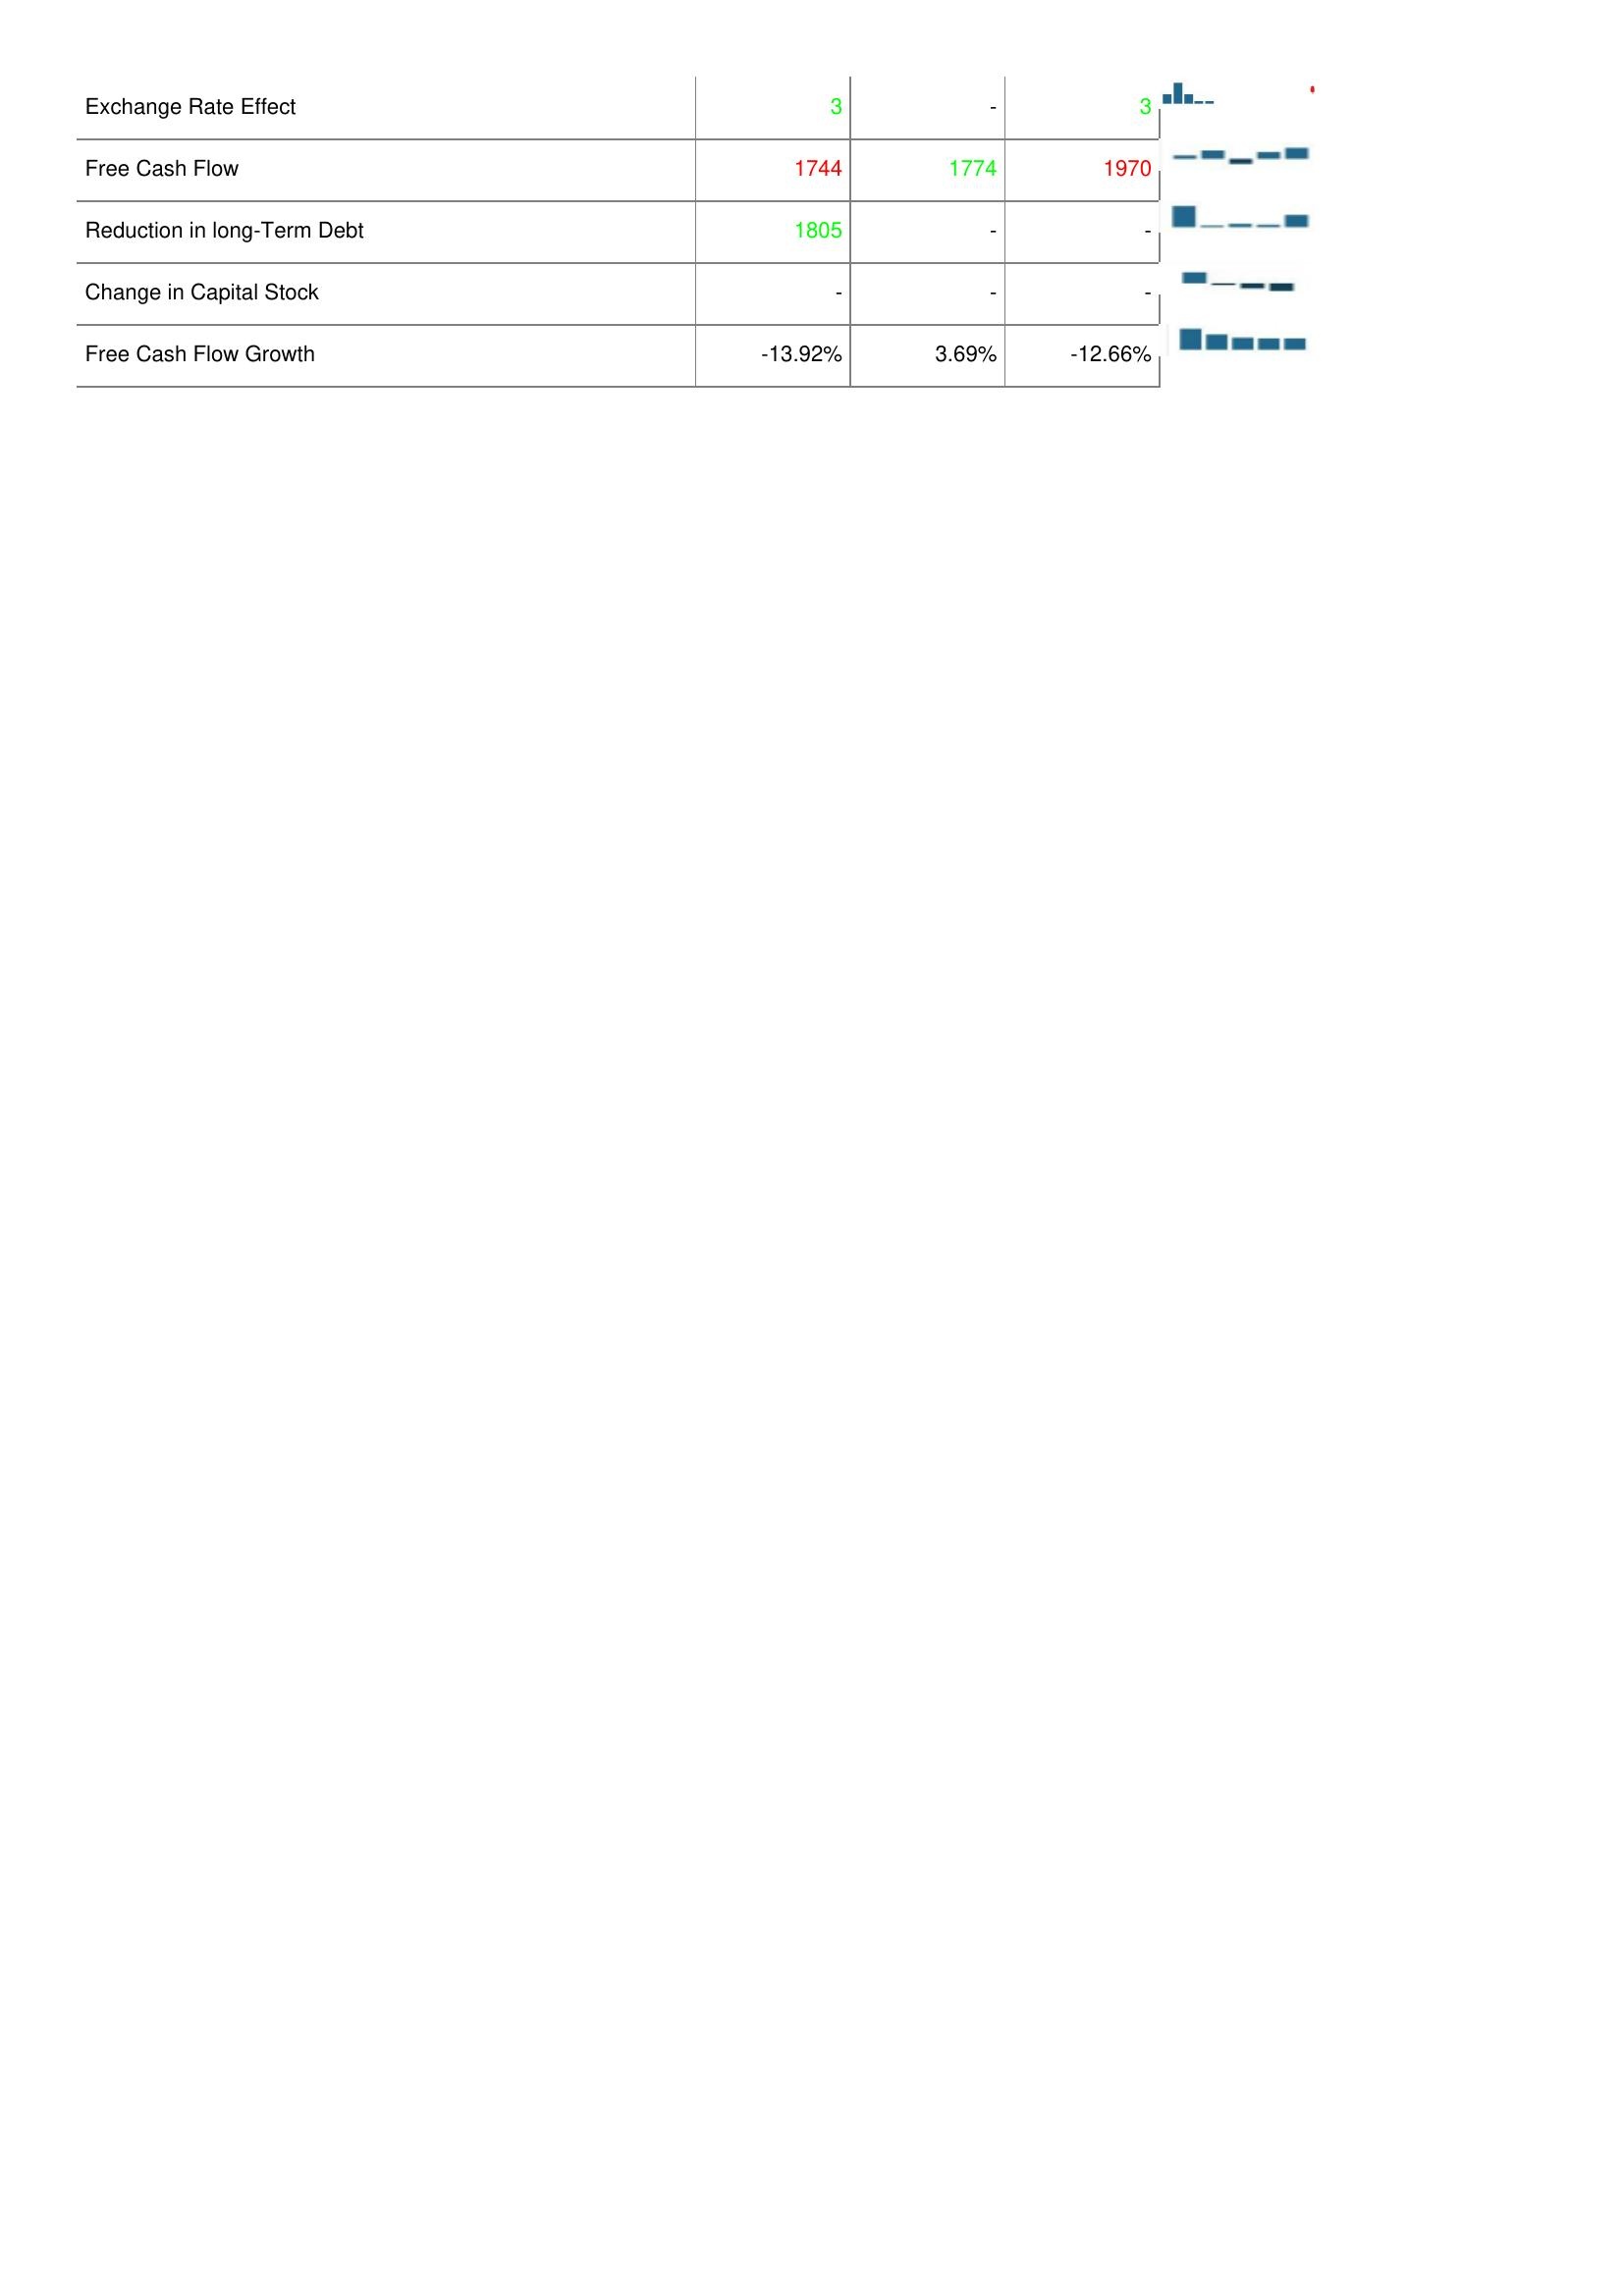
2022: Financing Activities: Exchange Rate Effect: 3
Free Cash Flow: 1744
Reduction in long-Term Debt: 1805
Change in Capital Stock: -
Free Cash Flow Growth: -13.92%
2021: Financing Activities: Exchange Rate Effect: -
Free Cash Flow: 1774
Reduction in long-Term Debt: -
Change in Capital Stock: -
Free Cash Flow Growth: 3.69%
2020: Financing Activities: Exchange Rate Effect: 3
Free Cash Flow: 1970
Reduction in long-Term Debt: -
Change in Capital Stock: -
Free Cash Flow Growth: -12.66%